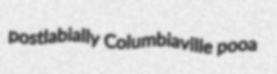
postlabially Columbiaville pooa